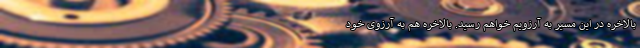
بالاخره در این مسیر به آرزویم خواهم رسید. بالاخره هم به آرزوی خود